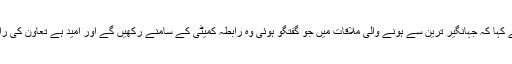
خالد مقبول نے کہا کہ جہانگیر ترین سے ہونے والی ملاقات میں جو گفتگو ہوئی وہ رابطہ کمیٹی کے سامنے رکھیں گے اور امید ہے تعاون کی راہیں کھلیں گی۔